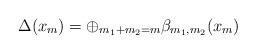
LaTeX: \begin{align*}\Delta(x_m)=\oplus_{m_1+m_2=m}\beta_{m_1,m_2}(x_m)\end{align*}